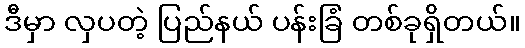
ဒီမှာ လှပတဲ့ ပြည်နယ် ပန်းခြံ တစ်ခုရှိတယ်။